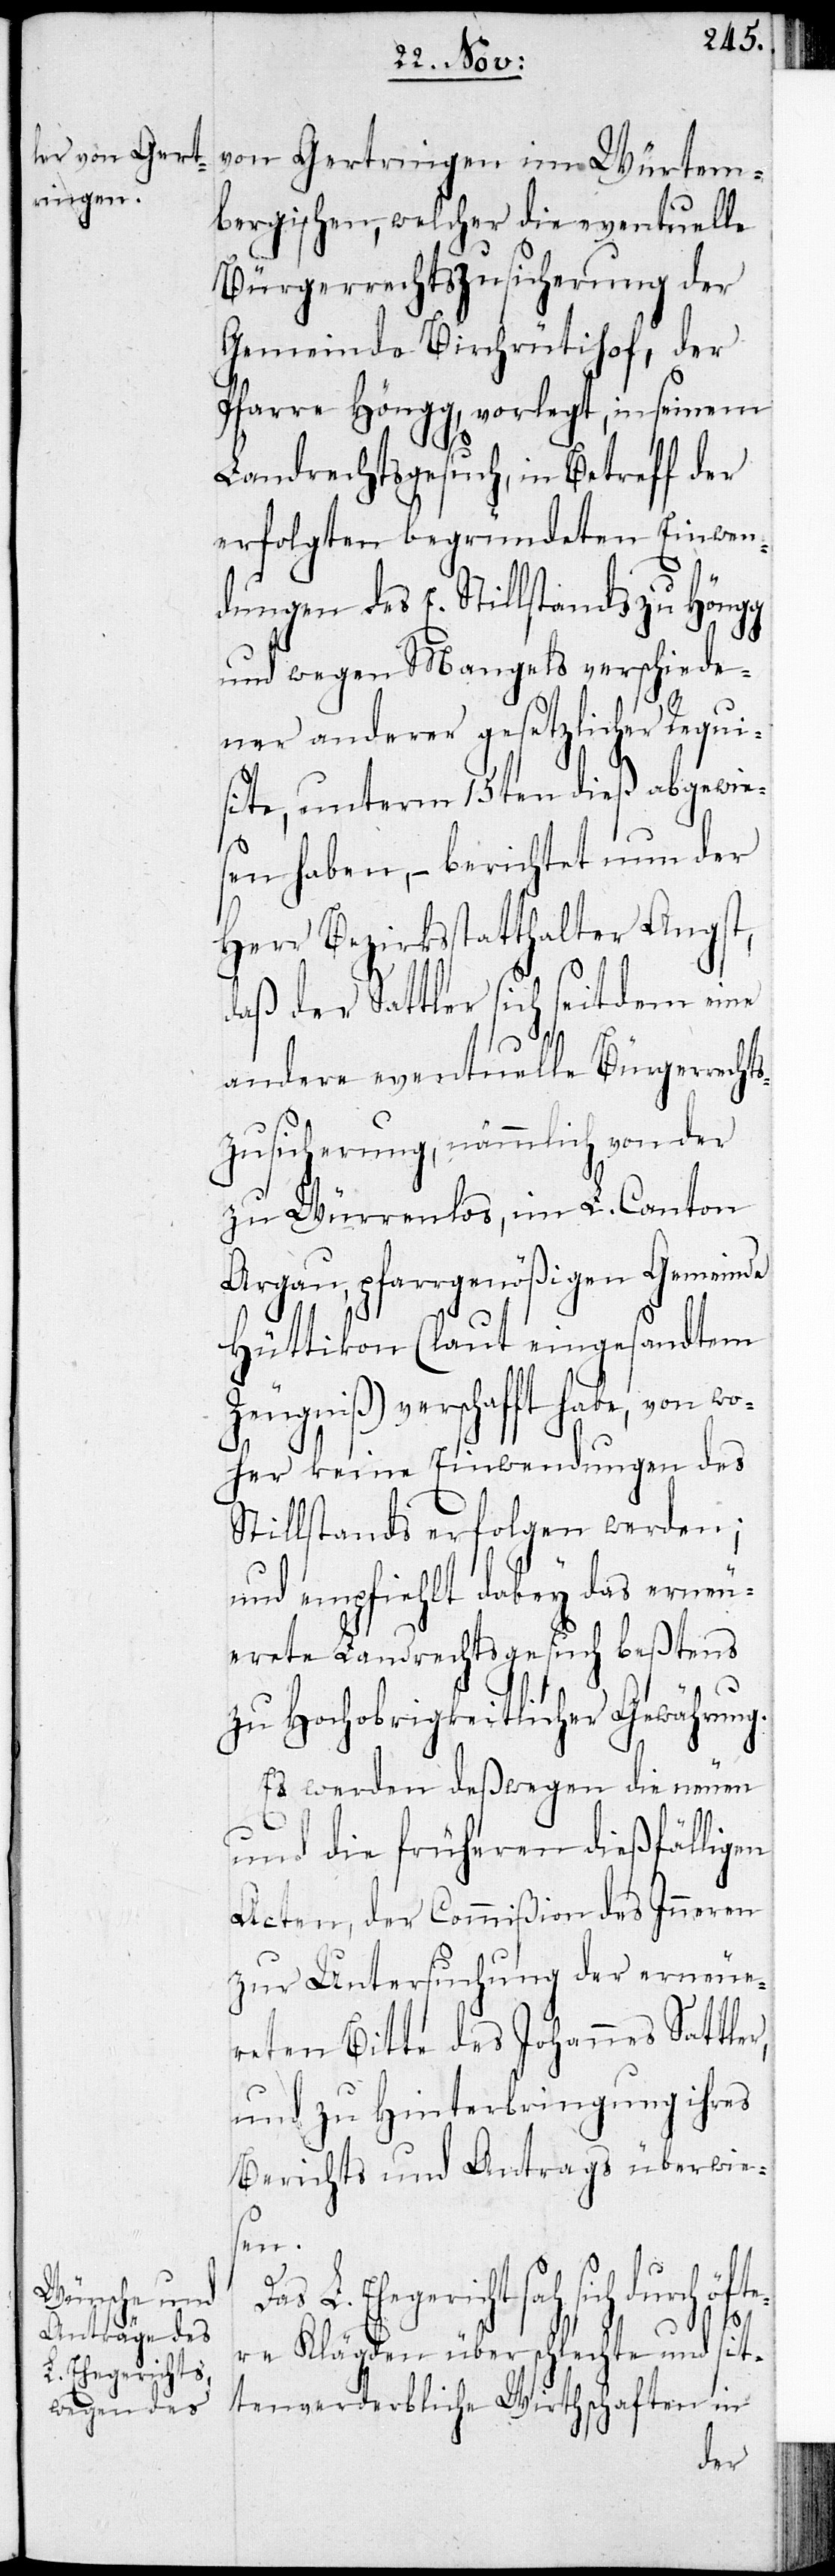
von Gertringen im Würtem¬
bergischen, welcher die eventuelle
Bürgerrechtszusicherung der
Gemeinde Birchrütihof, der
Pfarre Höngg, vorlegt, in seinem
Landrechtsgesuch, in Betreff der
erfolgten begründeten Einwen¬
dungen des E. Stillstands zu Höngg
und wegen Mangels verschiede¬
ner anderer gesetzlicher Requi¬
site, unterm 15ten dieß abgewie¬
sen haben, – berichtet nun der
Herr Bezirksstatthalter Angst,
daß der Sattler sich seitdem eine
andere eventuelle Bürgerrecht¬
szusicherung, nämmlich von der
zu Würrenlos im L. Canton
Aargau, pfarrgenößigen Gemeinde
Hüttikon (laut eingesandtem
Zeugniß) verschafft habe, von wo¬
her keine Einwendungen des
Stillstands erfolgen werden;
und empfiehlt dabey das erneu¬
erte Landrechtsgesuch beßtens
zu Hochobrigkeitlicher Gewährung.
Es werden deswegen die neuen
und die früheren dießfälligen
Acten der Commißion des Inneren
zur Untersuchung der erneue¬
reten Bitte des Johannes Sattler
und zu Hinterbringung ihres
Berichts und Antrags überwies¬
en.
Das L. Ehegericht sah sich durch öfte¬
re Klägden über schlechte und sit¬
tenverderbliche Wirtschaften in